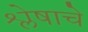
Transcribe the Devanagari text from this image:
श्लेषाचे